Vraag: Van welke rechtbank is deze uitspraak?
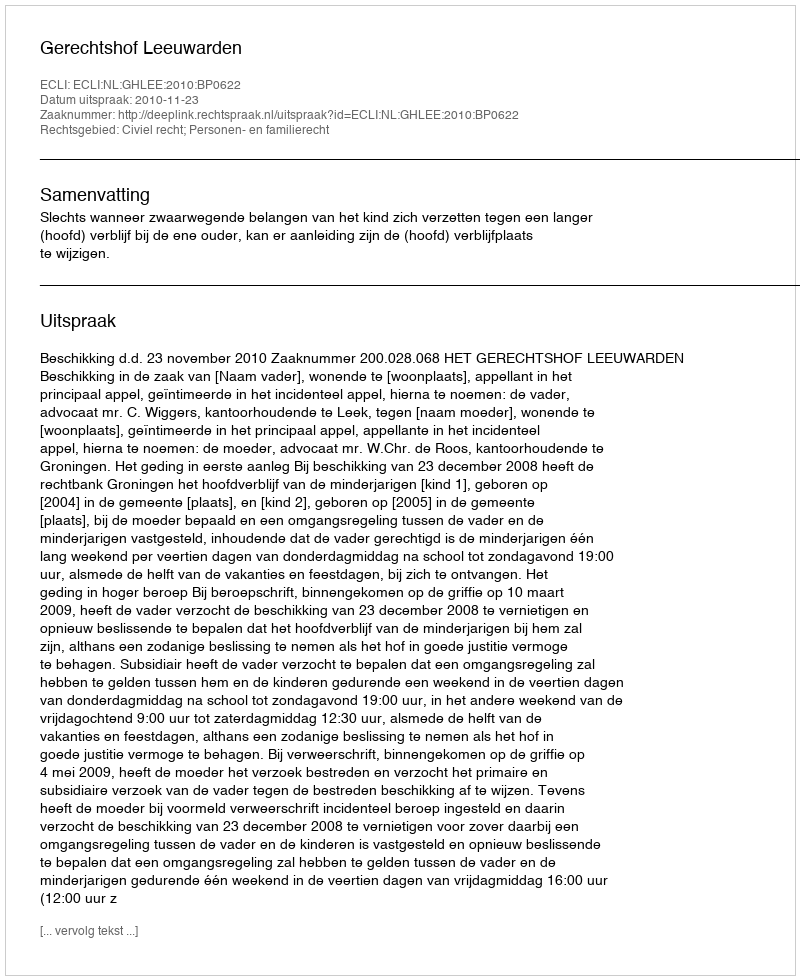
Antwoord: Gerechtshof Leeuwarden